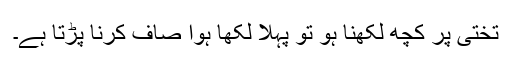
تختی پر کچھ لکھنا ہو تو پہلا لکھا ہوا صاف کرنا پڑتا ہے۔